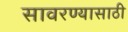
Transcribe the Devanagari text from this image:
सावरण्यासाठी